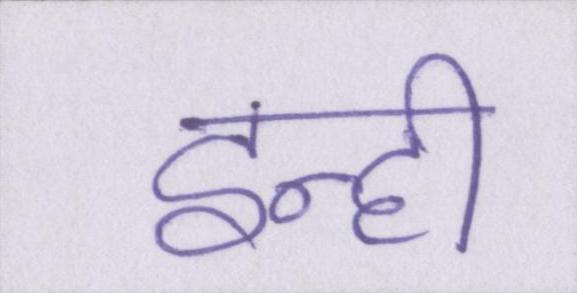
इन्ही